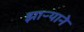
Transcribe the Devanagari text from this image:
झाऱ्याने